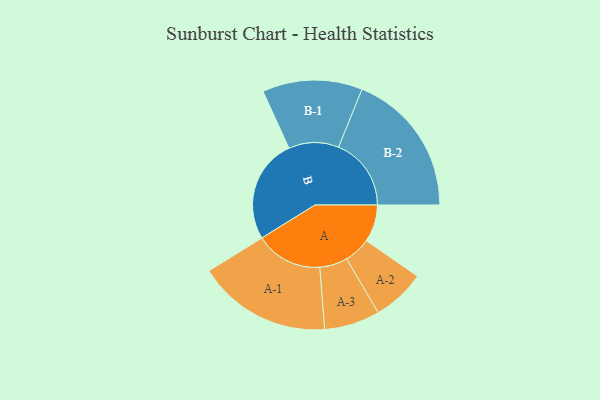
{"axis": {"x": "Segment", "y": "Value"}, "legend": ["", "A", "B"], "data": [{"x": "A", "y": 146, "type": ""}, {"x": "B", "y": 408, "type": ""}, {"x": "A-1", "y": 263, "type": "A"}, {"x": "A-2", "y": 104, "type": "A"}, {"x": "A-3", "y": 109, "type": "A"}, {"x": "B-1", "y": 196, "type": "B"}, {"x": "B-2", "y": 285, "type": "B"}]}